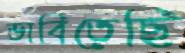
ভাবিতেছি